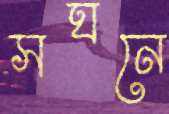
সঘনে